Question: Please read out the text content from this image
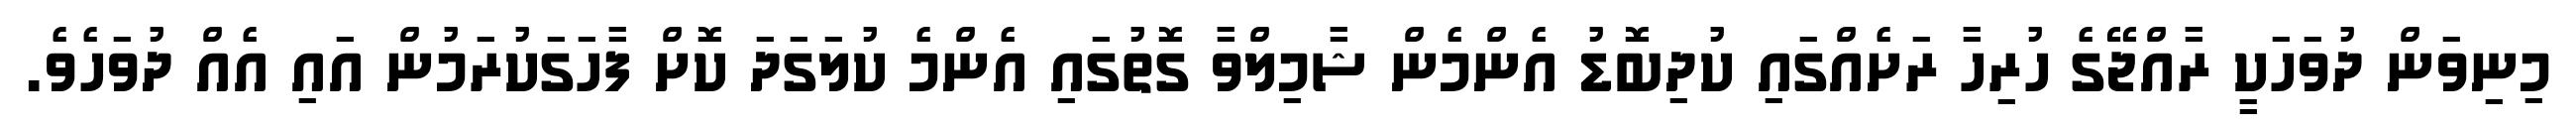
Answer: މިނިވަން ދުވަހަކީ ރާއްޖޭގެ ހުރިހާ ރަށެއްގައި ކުދިބޮޑު އެންމެން ޝާމިލްވާ ގޮތުގައި އެންމެ ކުލަގަދަ ކޮށް ފާހަގަކުރަމުން އައި އެއް ދުވަހެވެ.